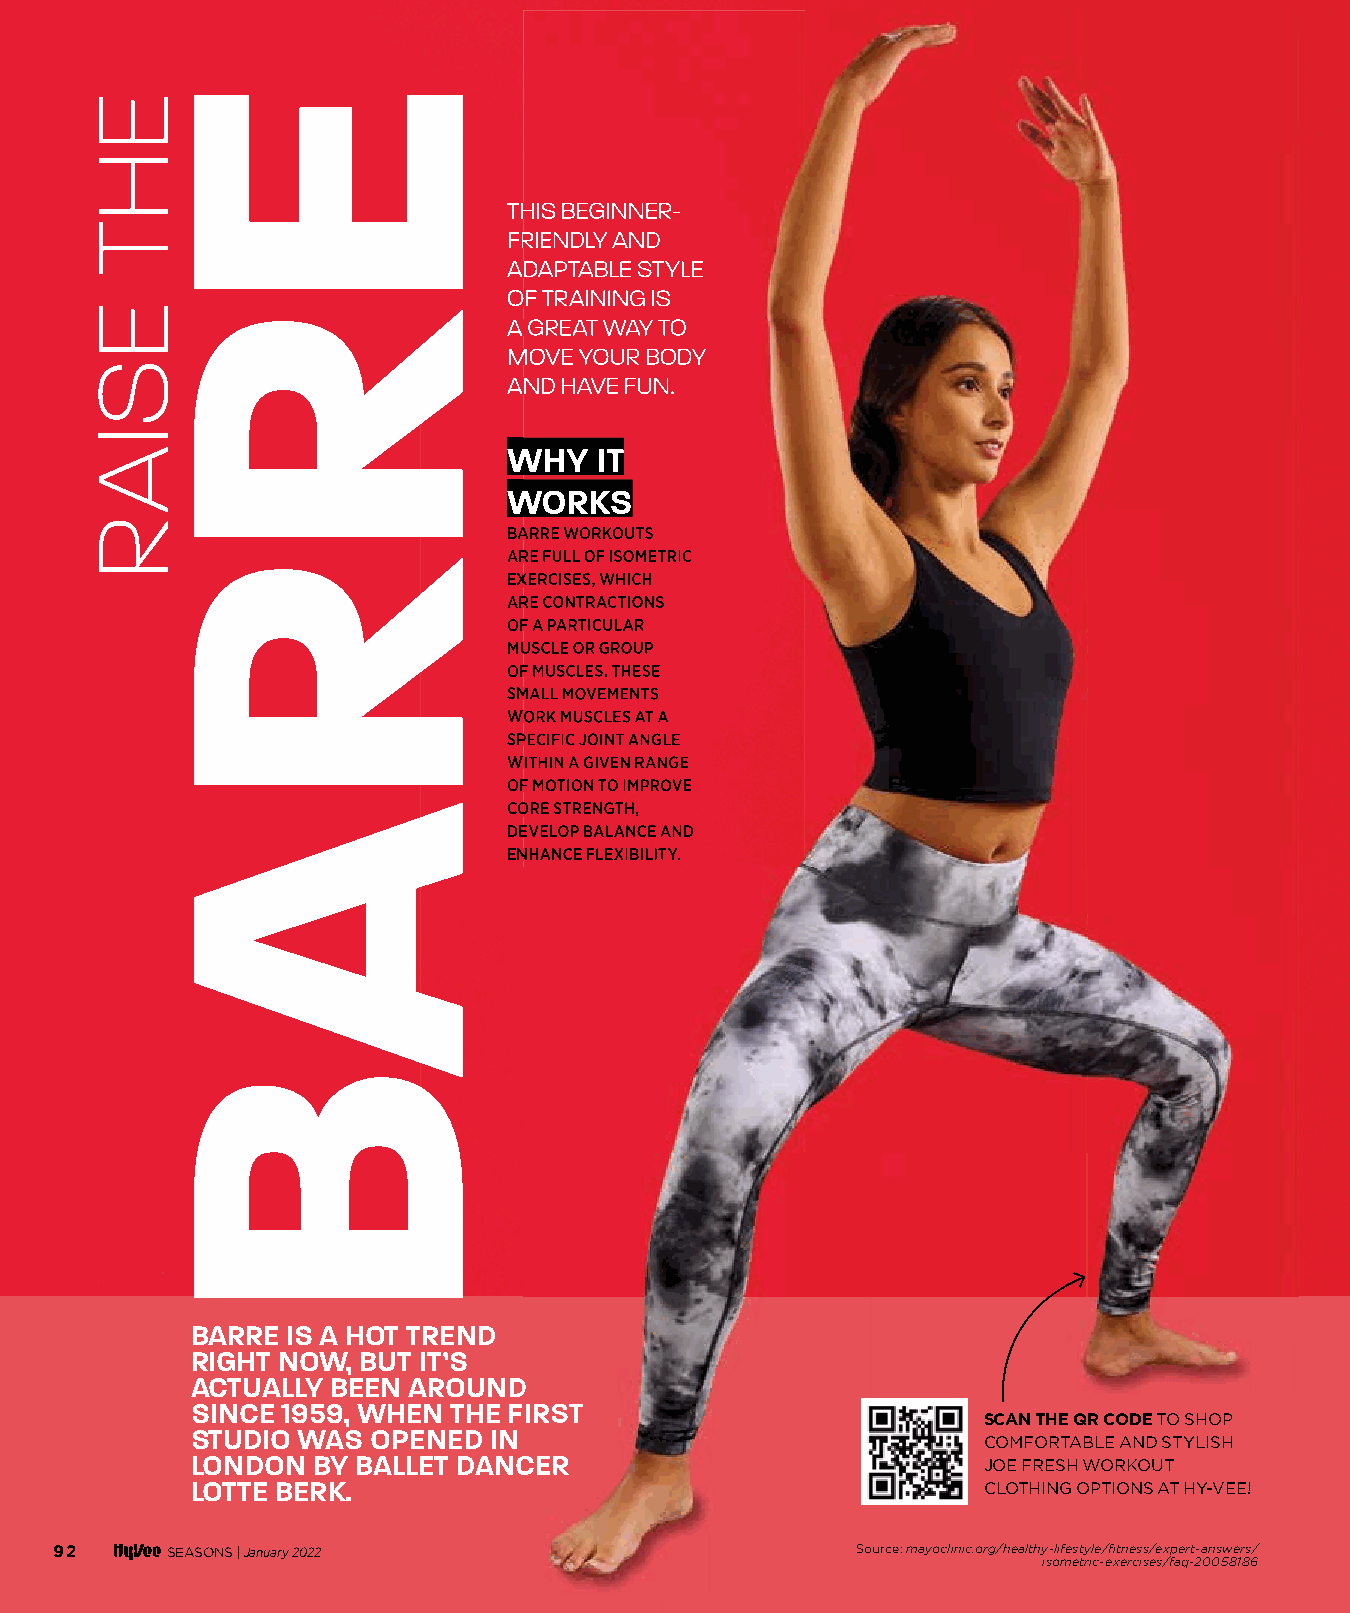
TTHHIISS BBEEGGIINNNNEERR--
 FFRRIIEENNDDLLYY AANNDD
 AADDAAPPTTAABBLLEE SSTTYYLLEE
 OOFF TTRRAAIINNIINNGG IISS
 AA GGRREEAATT WWAAYY TTOO
 MMOOVVEE YYOOUURR BBOODDYY
 AANNDD HHAAVVEE FFUUNN..
 WWHHYY IITT
 WWOORRKKSS
 BBAARRRREE WWOORRKKOOUUTTSS
 AARREE FFUULLLL OOFF IISSOOMMEETTRRIICC
 EEXXEERRCCIISSEESS,, WWHHIICCHH
 AARREE CCOONNTTRRAACCTTIIOONNSS
 OOFF AA PPAARRTTIICCUULLAARR
 MMUUSSCCLLEE OORR GGRROOUUPP
 OOFF MMUUSSCCLLEESS.. TTHHEESSEE
 SSMMAALLLL MMOOVVEEMMEENNTTSS
 WWOORRKK MMUUSSCCLLEESS AATT AA
 SSPPEECCIIFFIICC JJOOIINNTT AANNGGLLEE
 WWIITTHHIINN AA GGIIVVEENN RRAANNGGEE
 OOFF MMOOTTIIOONN TTOO IIMMPPRROOVVEE
 CCOORREE SSTTRREENNGGTTHH,,
 DDEEVVEELLOOPP BBAALLAANNCCEE AANNDD
 EENNHHAANNCCEE FFLLEEXXIIBBIILLIITTYY..
 BARRE IS A HOT TREND
 RIGHT NOW, BUT IT’S
 AACCTTUUAALLLLYY BBEEEENN AARROOUUNNDD
 SSIINNCCEE 11995599,, WWHHEENN TTHHEE FFIIRRSSTT
 SCAN THE QR CODE TO SHOP
 STUDIO WAS  OPENED IN
 COMFORTABLE AND STYLISH
 LLOONNDDOONN BBYY BBAALLLLEETT DDAANNCCEERR         JOE FRESH WORKOUT
 LOTTE BERK.                                         CLOTHING OPTIONS AT HY-VEE!
 92      SEASONS |January 2022                         Source: mayoclinic.org/healthy-lifestyle/fitness/expert-answers/
 isometric-exercises/faq-20058186
 009900--009933 EExxeerrcciissee__1111..2299..iinndddd 9922                       1111//2299//2211 1122::0088 PPMM
 EHT
 ESIAR
 ERRAB